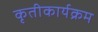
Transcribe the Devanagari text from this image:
कृतीकार्यक्रम